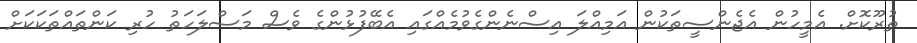
ތުރޫކޮށް. އެމީހުން އެޖެންސީތަކުން އަމިއްލަ އިސްނެންގެވުމެއްގައި އެބޭފުޅުންގެ ވެސް މަސްލަހަތު ހުރި ކަންތައްތަކަކަށް